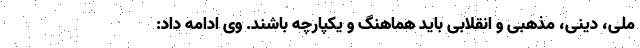
ملی، دینی، مذهبی و انقلابی باید هماهنگ و یکپارچه باشند. وی ادامه داد: